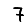
Digit: 7